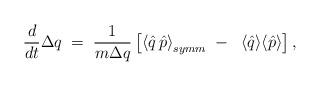
LaTeX: \begin{align*}\frac{d}{dt}\Delta q \; = \; \frac{1}{m\Delta q}\,\big[ {\langle \hat{q}\, \hat{p}\rangle}_{symm} \; - \; \; \langle \hat{q}\rangle \langle \hat{p} \rangle\big]\, ,\end{align*}